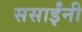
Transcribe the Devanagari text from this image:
ससाईंनी